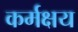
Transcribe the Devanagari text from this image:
कर्मक्षय